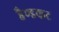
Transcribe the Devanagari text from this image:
हैण्डकट